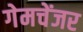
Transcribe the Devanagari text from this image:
गेमचेंजर